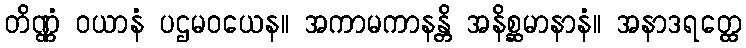
တိဏ္ဏံ ဝယာနံ ပဌမဝယေန။ အကာမကာနန္တိ အနိစ္ဆမာနာနံ။ အနာဒရတ္ထေ